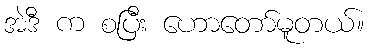
အဲဒီ က စပြီး ဟောတော်မူတယ်။